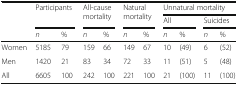
<table><thead><tr><td rowspan="3"></td><td rowspan="2" colspan="2"><b>Participants</b></td><td rowspan="2" colspan="2"><b>All-cause mortality</b></td><td rowspan="2" colspan="2"><b>Natural mortality</b></td><td colspan="4"><b>Unnatural mortality</b></td></tr><tr><td colspan="2"><b>All</b></td><td colspan="2"><b>Suicides</b></td></tr><tr><td><b><i>n</i></b></td><td><b>%</b></td><td><b><i>n</i></b></td><td><b>%</b></td><td><b><i>n</i></b></td><td><b>%</b></td><td><b><i>n</i></b></td><td><b>%</b></td><td><b><i>n</i></b></td><td><b>%</b></td></tr></thead><tbody><tr><td>Women</td><td>5185</td><td>79</td><td>159</td><td>66</td><td>149</td><td>67</td><td>10</td><td>(49)</td><td>6</td><td>(52)</td></tr><tr><td>Men</td><td>1420</td><td>21</td><td>83</td><td>34</td><td>72</td><td>33</td><td>11</td><td>(51)</td><td>5</td><td>(48)</td></tr><tr><td>All</td><td>6605</td><td>100</td><td>242</td><td>100</td><td>221</td><td>100</td><td>21</td><td>(100)</td><td>11</td><td>(100)</td></tr></tbody></table>